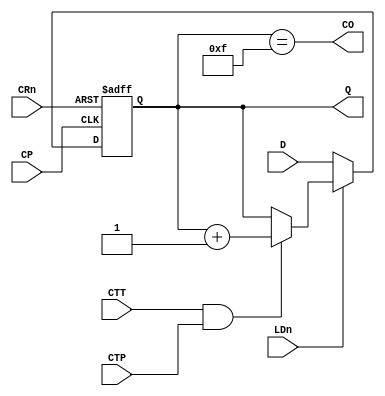
`timescale 1ns / 1ps
//////////////////////////////////////////////////////////////////////////////////
// Company: 
// Engineer: 
// 
// Design Name: 
// Module Name: My74LS161
// Project Name: 
// Target Devices: 
// Tool Versions: 
// Description: 
// 
// Dependencies: 
// 
// Revision:
// Revision 0.01 - File Created
// Additional Comments:
// 
//////////////////////////////////////////////////////////////////////////////////


module My74LS161(
    input CP,
    input CRn,
    input LDn,
    input [3:0] D,
    input CTT,
    input CTP,
    output [3:0] Q,
    output CO
);

    reg [3:0] Q_reg = 4'b0;

    always @(posedge CP or negedge CRn) begin
        if(!CRn) begin
            Q_reg=4'b0;
        end else begin
            if(!LDn)begin
                Q_reg=D;
            end
            else if(CTT&CTP)begin
                Q_reg=Q_reg+1'b1;
            end
        end
    end

    assign Q = Q_reg;
    assign CO = (Q == 4'hF);

endmodule